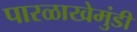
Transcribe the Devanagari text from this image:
पारळाखेमुंडी